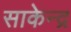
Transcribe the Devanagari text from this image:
साकेन्द्र